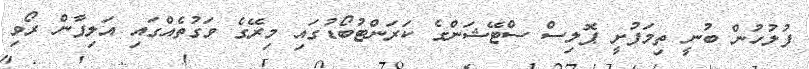
ފުލުހުން ބުނީ ތިމަަފުށީ ޕޮލިސް ސްޓޭޝަންގެ ކަރަންޓުބޯޑުގައި މިރޭގެ ވަގުތެއްގައި އަލިފާން ރޯވި